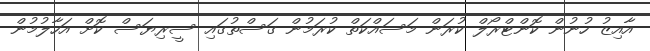
އާއިޒު ހުނުން ކޮންޓްރޯލް ކުރަން މަސައްކަތް ކުރަމުން ގަސްތުގައި ސީރިޔަސް ކޮށް އަހާލުމުން